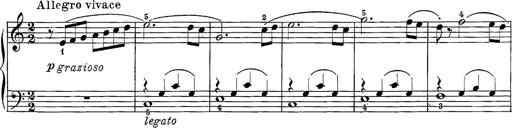
Title: 12 Sonatine per Pianoforte
Composer: Friedrich Kuhlau